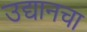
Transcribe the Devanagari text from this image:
उद्यानचा